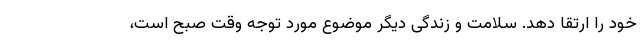
خود را ارتقا دهد. سلامت و زندگی دیگر موضوع مورد توجه وقت صبح است،